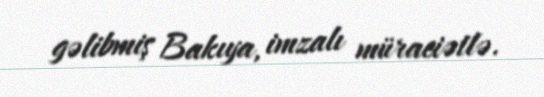
gəlibmiş Bakıya, imzalı müraciətlə.